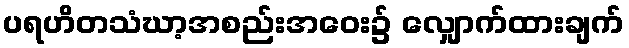
ပရဟိတသံဃာ့အစည်းအဝေး၌ လျှောက်ထားချက်